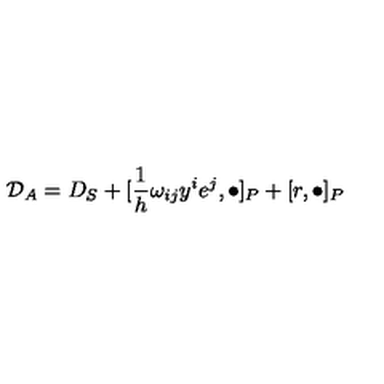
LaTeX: { \cal { D } } _ { A } = D _ { S } + [ \frac { 1 } { h } \omega _ { i j } y ^ { i } e ^ { j } , \bullet ] _ { P } + [ r , \bullet ] _ { P }